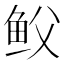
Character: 𩽻